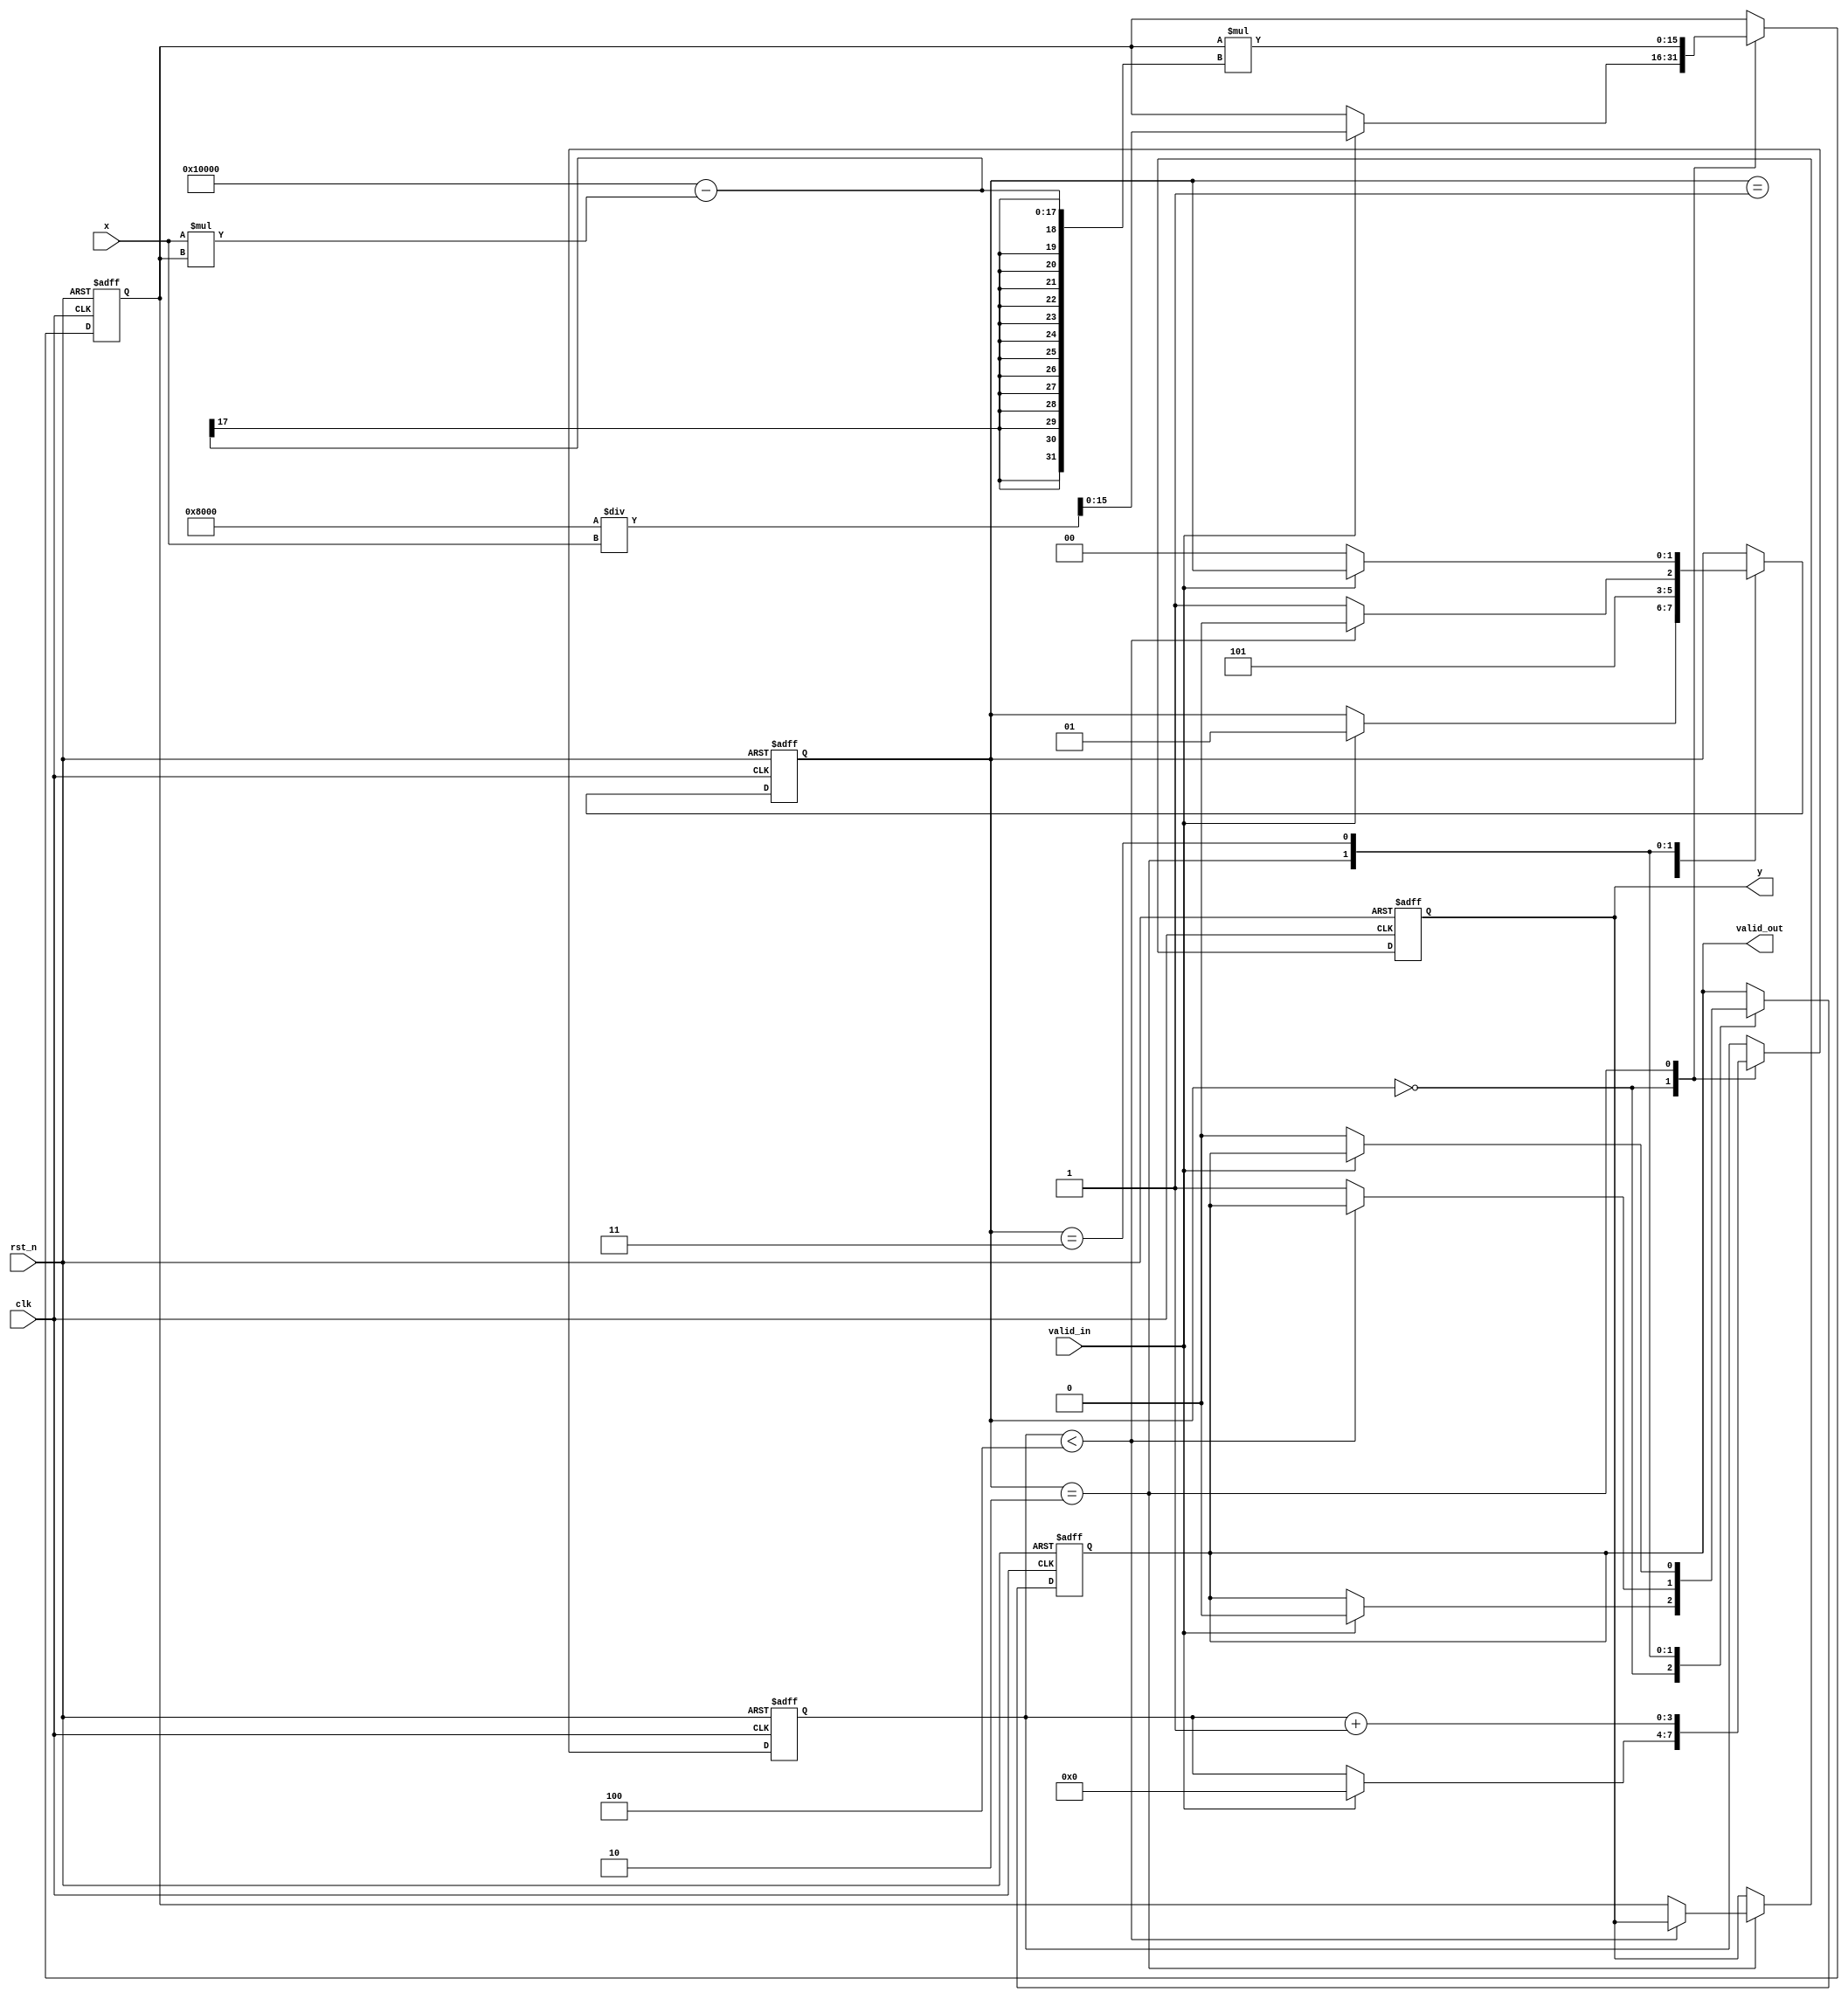
module IterativeReciprocal #(
    parameter DATA_WIDTH = 16,       // Width of the input and output data
    parameter MAX_ITERATIONS = 4      // Maximum number of iterations for convergence
)(
    input wire clk,                   // Clock signal
    input wire rst_n,                 // Active low reset signal
    input wire valid_in,              // Input valid signal
    input wire [DATA_WIDTH-1:0] x,    // Input value for which to calculate the reciprocal
    output reg valid_out,             // Output valid signal
    output reg [DATA_WIDTH-1:0] y     // Output reciprocal value
);

    reg [DATA_WIDTH-1:0] estimate;    // Current estimate of the reciprocal
    reg [3:0] iteration_count;         // Iteration counter
    reg [1:0] state;                   // State machine for control
    reg [DATA_WIDTH-1:0] error;       // Error term

    // State encoding
    localparam IDLE        = 2'b00;
    localparam INIT        = 2'b01;
    localparam ITERATE     = 2'b10;
    localparam DONE        = 2'b11;

    // Initial estimate calculation (1/x) using a simple approximation
    function [DATA_WIDTH-1:0] initial_estimate;
        input [DATA_WIDTH-1:0] x;
        begin
            // Simple initial estimate: 1/x ~ 2^(DATA_WIDTH - 1) / x
            initial_estimate = (1 << (DATA_WIDTH - 1)) / x;
        end
    endfunction

    // State Machine and Iteration Logic
    always @(posedge clk or negedge rst_n) begin
        if (!rst_n) begin
            state <= IDLE;
            valid_out <= 1'b0;
            y <= 0;
            iteration_count <= 0;
            estimate <= 0;
        end else begin
            case (state)
                IDLE: begin
                    if (valid_in) begin
                        estimate <= initial_estimate(x);
                        iteration_count <= 0;
                        valid_out <= 1'b0;
                        state <= INIT;
                    end
                end
                INIT: begin
                    // Go to the iteration state
                    state <= ITERATE;
                end
                ITERATE: begin
                    // Newton-Raphson iteration: estimate = estimate * (2 - x * estimate)
                    error = x * estimate; // Calculate x * estimate
                    estimate <= estimate * (2**DATA_WIDTH - error); // Update estimate

                    // Increment iteration count
                    iteration_count <= iteration_count + 1;

                    // Check for convergence or max iterations
                    if (iteration_count < MAX_ITERATIONS) begin
                        // Continue iterating
                        state <= ITERATE;
                    end else begin
                        // Final output
                        y <= estimate;
                        valid_out <= 1'b1;
                        state <= DONE;
                    end
                end
                DONE: begin
                    // Wait for next input
                    if (!valid_in) begin
                        valid_out <= 1'b0;
                        state <= IDLE;
                    end
                end
            endcase
        end
    end

endmodule